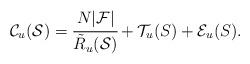
LaTeX: \begin{align*}\mathcal{C}_u(\mathcal{S}) = \cfrac{N|\mathcal{F}|}{\tilde{R}_u(\mathcal{S})} + \mathcal{T}_u(S) + \mathcal{E}_u(S).\end{align*}